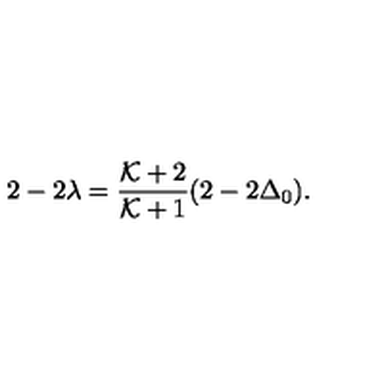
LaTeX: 2 - 2 \lambda = { \frac { { \cal K } + 2 } { { \cal K } + 1 } } ( 2 - 2 \Delta _ { 0 } ) .